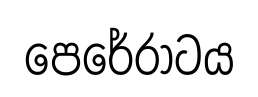
පෙරේරාටය